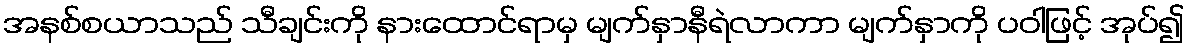
အနစ်စယာသည် သီချင်းကို နားထောင်ရာမှ မျက်နှာနီရဲလာကာ မျက်နှာကို ပဝါဖြင့် အုပ်၍